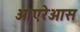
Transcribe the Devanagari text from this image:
आएरेआस